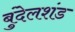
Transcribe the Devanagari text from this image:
बुंदेलशंड